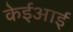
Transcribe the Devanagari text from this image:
केईआई